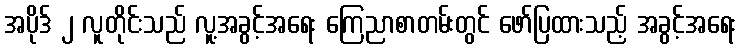
အပိုဒ် ၂ လူတိုင်းသည် လူ့အခွင့်အရေး ကြေညာစာတမ်းတွင် ဖော်ပြထားသည့် အခွင့်အရေး